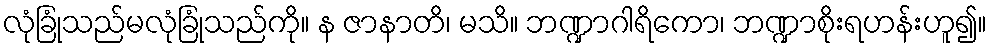
လုံခြုံသည်မလုံခြုံသည်ကို။ န ဇာနာတိ၊ မသိ။ ဘဏ္ဍာဂါရိကော၊ ဘဏ္ဍာစိုးရဟန်းဟူ၍။